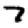
Digit: 7